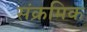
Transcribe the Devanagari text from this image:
संक्रमिक